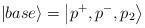
LaTeX: \begin{align*}\left| base\right\rangle =\left| p^{+},p^{-},p_{2}\right\rangle\end{align*}